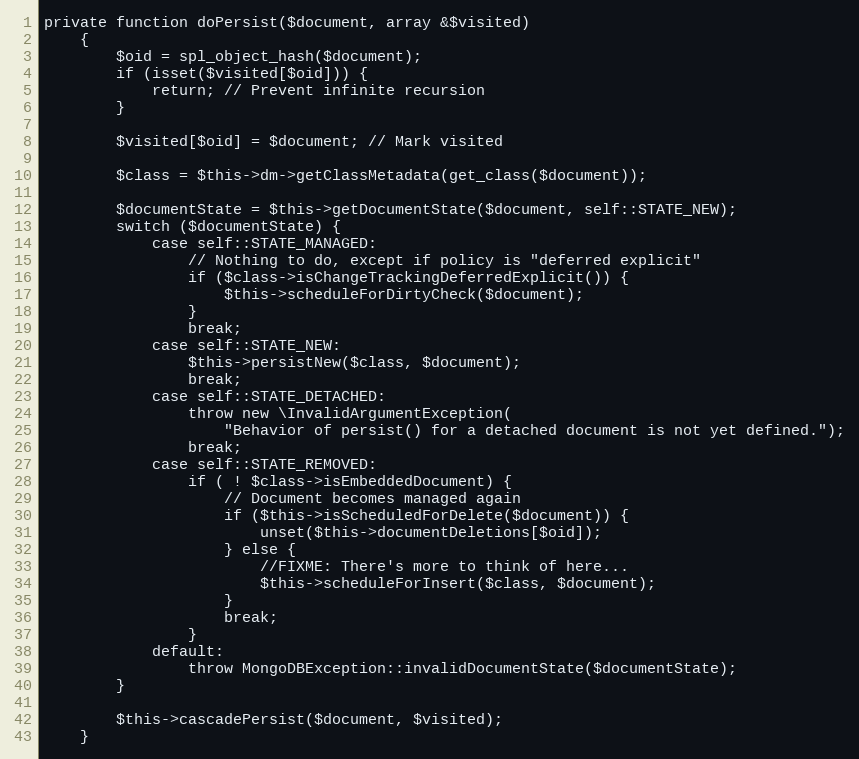
Language: PHP
private function doPersist($document, array &$visited)
    {
        $oid = spl_object_hash($document);
        if (isset($visited[$oid])) {
            return; // Prevent infinite recursion
        }

        $visited[$oid] = $document; // Mark visited

        $class = $this->dm->getClassMetadata(get_class($document));

        $documentState = $this->getDocumentState($document, self::STATE_NEW);
        switch ($documentState) {
            case self::STATE_MANAGED:
                // Nothing to do, except if policy is "deferred explicit"
                if ($class->isChangeTrackingDeferredExplicit()) {
                    $this->scheduleForDirtyCheck($document);
                }
                break;
            case self::STATE_NEW:
                $this->persistNew($class, $document);
                break;
            case self::STATE_DETACHED:
                throw new \InvalidArgumentException(
                    "Behavior of persist() for a detached document is not yet defined.");
                break;
            case self::STATE_REMOVED:
                if ( ! $class->isEmbeddedDocument) {
                    // Document becomes managed again
                    if ($this->isScheduledForDelete($document)) {
                        unset($this->documentDeletions[$oid]);
                    } else {
                        //FIXME: There's more to think of here...
                        $this->scheduleForInsert($class, $document);
                    }
                    break;
                }
            default:
                throw MongoDBException::invalidDocumentState($documentState);
        }

        $this->cascadePersist($document, $visited);
    }